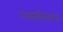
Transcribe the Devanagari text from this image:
गायत्रीमंत्राचा